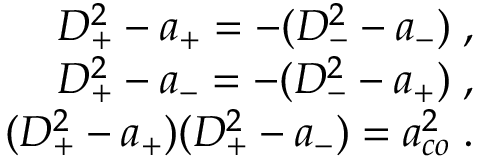
\begin{array} { r } { D _ { + } ^ { 2 } - a _ { + } = - ( D _ { - } ^ { 2 } - a _ { - } ) \; , } \\ { D _ { + } ^ { 2 } - a _ { - } = - ( D _ { - } ^ { 2 } - a _ { + } ) \; , } \\ { ( D _ { + } ^ { 2 } - a _ { + } ) ( D _ { + } ^ { 2 } - a _ { - } ) = a _ { c o } ^ { 2 } \; . } \end{array}